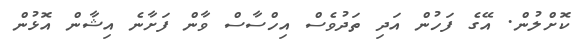
ކޮށްލުން. އޭގެ ފަހުން އަދި ތަދުވެސް އިހްސާސް ވާން ފަށާނެ އިޝާން އޮޅުން